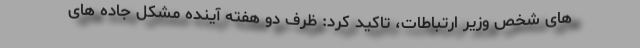
های شخص وزیر ارتباطات، تاکید کرد: ظرف دو هفته آینده مشکل جاده های